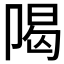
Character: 𱑙